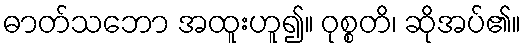
ဓာတ်သဘော အထူးဟူ၍။ ဝုစ္စတိ၊ ဆိုအပ်၏။